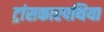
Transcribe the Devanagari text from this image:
ट्रांसकारपथिया